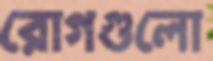
রোগগুলো